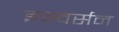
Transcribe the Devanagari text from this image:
इन्वर्सन